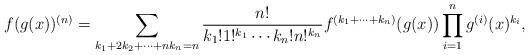
LaTeX: \begin{align*} f(g(x))^{(n)} = \sum_{k_1+2k_2+\cdots+nk_n=n} \frac{n!}{k_1!1!^{k_1}\cdots k_n!n!^{k_n}} f^{(k_1+\cdots+k_n)}(g(x))\prod_{i=1}^n g^{(i)}(x)^{k_i},\end{align*}